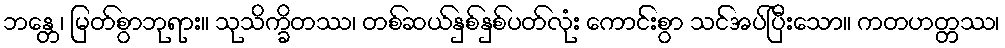
ဘန္တေ၊ မြတ်စွာဘုရား။ သုသိက္ခိတဿ၊ တစ်ဆယ်နှစ်နှစ်ပတ်လုံး ကောင်းစွာ သင်အပ်ပြီးသော။ ကတဟတ္တဿ၊